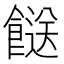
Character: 餸